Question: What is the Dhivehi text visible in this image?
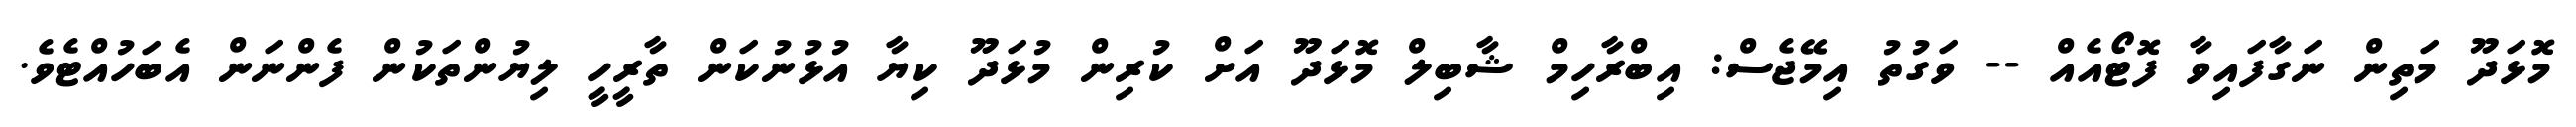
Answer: މޮޅަދޫ މަތިން ނަގާފައިވާ ފޮޓޯއެއް -- ވަގުތު އިމޭޖެސް: އިބްރާހިމް ޝާބިލް މޮޅަދޫ އަށް ކުރިން މުޅަދޫ ކިޔާ އުޅުނުކަން ތާރީހީ ލިޔުންތަކުން ފެންނަން އެބަހުއްޓެވެ.